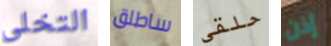
التخلى ساطلق حلقي إذن